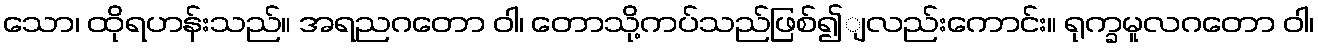
သော၊ ထိုရဟန်းသည်။ အရညဂတော ဝါ၊ တောသို့ကပ်သည်ဖြစ်၍ျလည်းကောင်း။ ရုက္ခမူလဂတော ဝါ၊